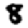
Digit: 8